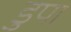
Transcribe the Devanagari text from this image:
डुपा